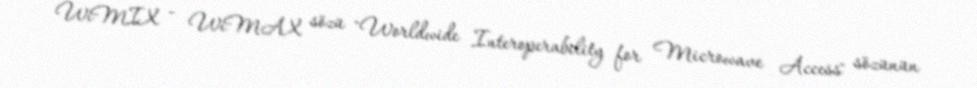
WiMIX - WiMAX sözü "Worldwide Interoperability for Microwave Access" sözünün